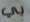
بي